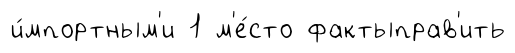
и́мпортным'и 1 м'е́сто фактыправ'ить